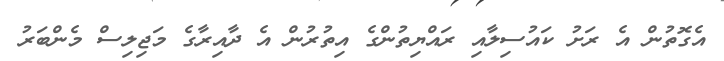
އެގޮތުން އެ ރަށު ކައުސިލާއި ރައްޔިތުންގެ އިތުރުން އެ ދާއިރާގެ މަޖިލިސް މެންބަރު